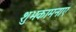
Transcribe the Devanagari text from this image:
शुभकामनाए